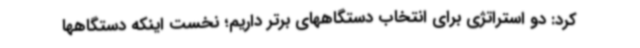
کرد: دو استراتژی برای انتخاب دستگاههای برتر داریم؛ نخست اینکه دستگاهها